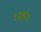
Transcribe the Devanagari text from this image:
१२७२१